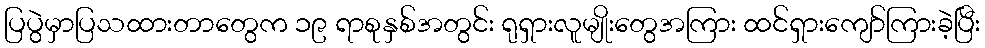
ပြပွဲမှာပြသထားတာတွေက ၁၉ ရာစုနှစ်အတွင်း ရုရှားလူမျိုးတွေအကြား ထင်ရှားကျော်ကြားခဲ့ပြီး